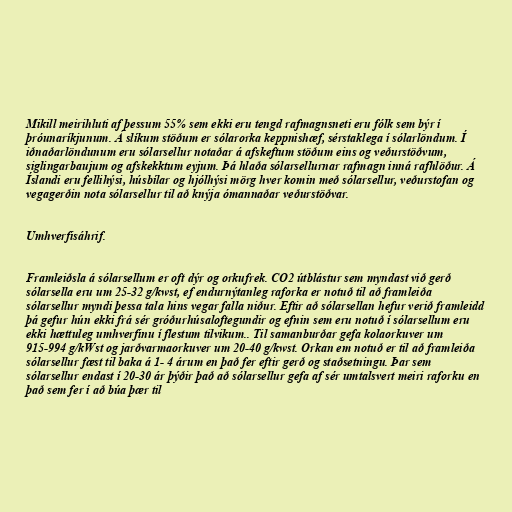
Mikill meirihluti af þessum 55% sem ekki eru tengd rafmagnsneti eru fólk sem býr í
þróunaríkjunum. Á slíkum stöðum er sólarorka keppnishæf, sérstaklega í sólarlöndum. Í
iðnaðarlöndunum eru sólarsellur notaðar á afskeftum stöðum eins og veðurstöðvum,
siglingarbaujum og afskekktum eyjum. Þá hlaða sólarsellurnar rafmagn inná rafhlöður. Á
Íslandi eru fellihýsi, húsbílar og hjólhýsi mörg hver komin með sólarsellur, veðurstofan og
vegagerðin nota sólarsellur til að knýja ómannaðar veðurstöðvar.

Umhverfisáhrif.

Framleiðsla á sólarsellum er oft dýr og orkufrek. CO2 útblástur sem myndast við gerð
sólarsella eru um 25-32 g/kwst, ef endurnýtanleg raforka er notuð til að framleiða
sólarsellur myndi þessa tala hins vegar falla niður. Eftir að sólarsellan hefur verið framleidd
þá gefur hún ekki frá sér gróðurhúsaloftegundir og efnin sem eru notuð í sólarsellum eru
ekki hættuleg umhverfinu í flestum tilvikum.. Til samanburðar gefa kolaorkuver um
915-994 g/kWst og jarðvarmaorkuver um 20-40 g/kwst. Orkan em notuð er til að framleiða
sólarsellur fæst til baka á 1- 4 árum en það fer eftir gerð og staðsetningu. Þar sem
sólarsellur endast í 20-30 ár þýðir það að sólarsellur gefa af sér umtalsvert meiri raforku en
það sem fer í að búa þær til